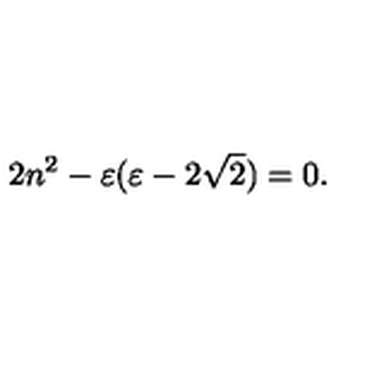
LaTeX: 2 n ^ { 2 } - \varepsilon ( \varepsilon - 2 \sqrt { 2 } ) = 0 .